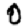
Digit: 0